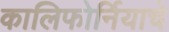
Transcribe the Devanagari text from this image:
कालिफोर्नियाचे